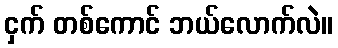
ငှက် တစ်ကောင် ဘယ်လောက်လဲ။